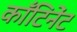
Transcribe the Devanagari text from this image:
काँटिनेंट